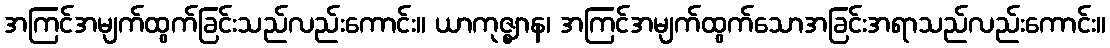
အကြင်အမျက်ထွက်ခြင်းသည်လည်းကောင်း။ ယာကုဇ္ဈာန၊ အကြင်အမျက်ထွက်သောအခြင်းအရာသည်လည်းကောင်း။